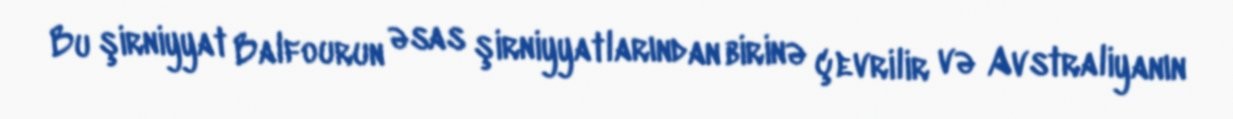
Bu şirniyyat Balfourun əsas şirniyyatlarından birinə çevrilir və Avstraliyanın